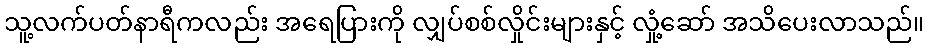
သူ့လက်ပတ်နာရီကလည်း အရေပြားကို လျှပ်စစ်လှိုင်းများနှင့် လှုံ့ဆော် အသိပေးလာသည်။